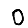
Digit: 0